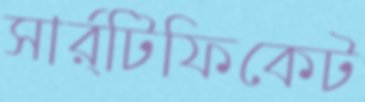
সার্র্টিফিকেট